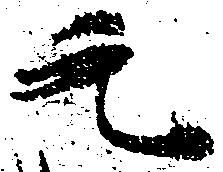
元